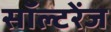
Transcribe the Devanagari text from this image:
सॉल्टरेंज